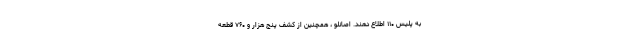
به پلیس ۱۱۰ اطلاع دهند. اصانلو ، همچنین از کشف پنج هزار و ۷۶۰ قطعه